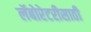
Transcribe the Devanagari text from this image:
लॅबोरेटरीसाठी